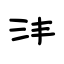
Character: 沣